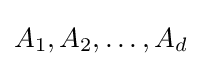
A_{1},A_{2},\dots ,A_{d}